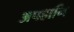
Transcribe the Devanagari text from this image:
अपहानि